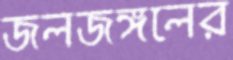
জলজঙ্গলের